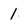
Character: 1